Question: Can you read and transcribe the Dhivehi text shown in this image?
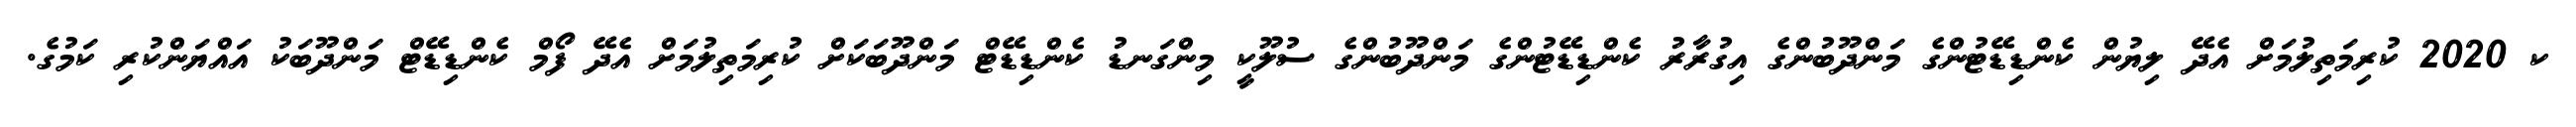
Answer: ކ 2020 ކުރިމަތިލުމަށް އެދޭ ލިޔުން ކެންޑިޑޭޓުންގެ މަންދޫބުންގެ އިގުރާރު ކެންޑިޑޭޓުންގެ މަންދޫބުންގެ ސުލޫކީ މިންގަނޑު ކެންޑިޑޭޓް މަންދޫބަކަށް ކުރިމަތިލުމަށް އެދޭ ފޯމް ކެންޑިޑޭޓް މަންދޫބަކު އައްޔަންކުރި ކަމުގެ.